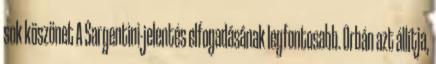
sok köszönet A Sargentini-jelentés elfogadásának legfontosabb. Orbán azt állítja,